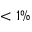
< 1 \%